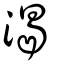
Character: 渴